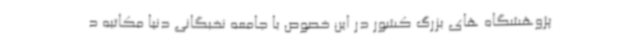
پژوهشگاه های بزرگ کشور در این خصوص با جامعه نخبگانی دنیا مکاتبه د